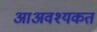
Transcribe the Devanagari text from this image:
आअवश्यकत